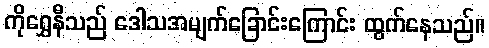
ကိုရွှေနီသည် ဒေါသအမျက်ခြောင်းကြောင်း ထွက်နေသည်။